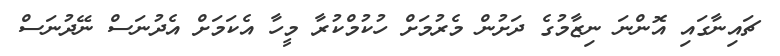
ޗައިނާގައި އޮންނަ ނިޒާމުގެ ދަށުން މެރުމަށް ހުކުމްކުރާ މީހާ އެކަމަށް އެދުނަސް ނޭދުނަސް